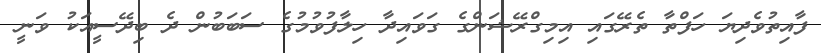
ފާއިތުވެދިޔަ ހަފްތާ ތެރޭގައި އިމިގްރޭޝަންގެ ގަވައިދާ ހިލާފުވުމުގެ ސަބަބުން ދެ ބިދޭސީއަކު ވަނީ